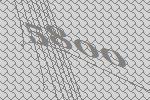
5800